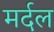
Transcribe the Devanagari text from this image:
मर्दल